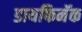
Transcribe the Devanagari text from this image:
डायफिनॅक